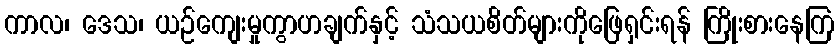
ကာလ၊ ဒေသ၊ ယဉ်ကျေးမှုကွာဟချက်နှင့် သံသယစိတ်များကိုဖြေရှင်းရန် ကြိုးစားနေကြ